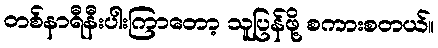
တစ်နာရီနီးပါးကြာတော့ သူပြန်ဖို့ စကားစတယ်။